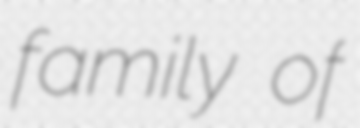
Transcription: family of